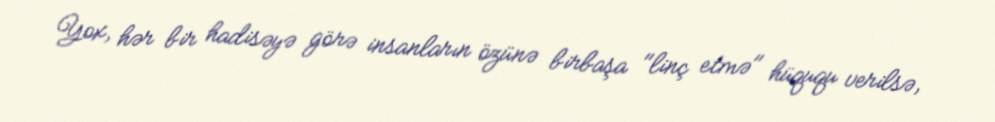
Yox, hər bir hadisəyə görə insanların özünə birbaşa "linç etmə" hüququ verilsə,